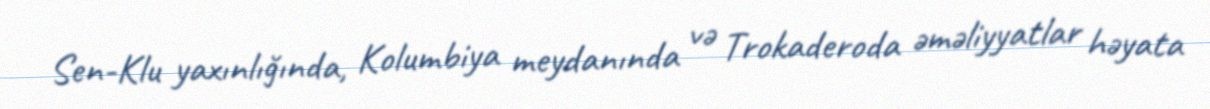
Sen-Klu yaxınlığında, Kolumbiya meydanında və Trokaderoda əməliyyatlar həyata